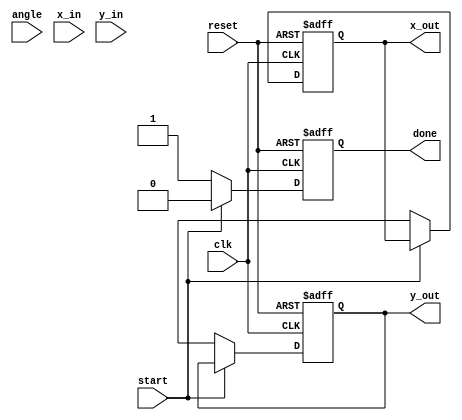
module pipeline_cordic #(
    parameter DATA_WIDTH = 16, // Bit width for X, Y, and angle
    parameter ITERATIONS = 16   // Number of iterations for CORDIC
)(
    input wire clk,
    input wire reset,
    input wire start,               // Signal to start the computation
    input wire [DATA_WIDTH-1:0] angle, // Input angle in fixed-point format
    input wire [DATA_WIDTH-1:0] x_in,   // Input X value
    input wire [DATA_WIDTH-1:0] y_in,   // Input Y value
    output reg [DATA_WIDTH-1:0] x_out,  // Output X value
    output reg [DATA_WIDTH-1:0] y_out,  // Output Y value
    output reg done                 // Signal to indicate completion
);

    // CORDIC parameters
    reg [DATA_WIDTH-1:0] x_reg [0:ITERATIONS-1]; // Pipeline registers for X
    reg [DATA_WIDTH-1:0] y_reg [0:ITERATIONS-1]; // Pipeline registers for Y
    reg [DATA_WIDTH-1:0] z_reg [0:ITERATIONS-1]; // Pipeline registers for angle
    reg [DATA_WIDTH-1:0] angle_lut [0:ITERATIONS-1]; // Angle LUT (precomputed)
    reg [ITERATIONS-1:0] direction; // Rotation direction
    integer i;

    // Initialize angle look-up table (LUT)
    initial begin
        angle_lut[0] = 16'h2000; // atan(2^0)
        angle_lut[1] = 16'h1000; // atan(2^-1)
        angle_lut[2] = 16'h0800; // atan(2^-2)
        // ... Initialize remaining LUT values
        angle_lut[ITERATIONS-1] = 16'h0001; // atan(2^-15)
    end

    // Pipeline processing
    always @(posedge clk or posedge reset) begin
        if (reset) begin
            // Reset outputs and internal states
            x_out <= 0;
            y_out <= 0;
            done <= 0;
            for (i = 0; i < ITERATIONS; i = i + 1) begin
                x_reg[i] <= 0;
                y_reg[i] <= 0;
                z_reg[i] <= 0;
            end
        end else if (start) begin
            // Load initial values into the first stage
            x_reg[0] <= x_in;
            y_reg[0] <= y_in;
            z_reg[0] <= angle;
            direction <= 0; // Set initial direction (0 for clockwise, 1 for counterclockwise)
            done <= 0;
        end else begin
            // Pipeline processing
            for (i = 0; i < ITERATIONS; i = i + 1) begin
                if (i == 0) begin
                    // First stage
                    if (z_reg[i][DATA_WIDTH-1]) begin
                        x_reg[i+1] <= x_reg[i] + (y_reg[i] >>> i);
                        y_reg[i+1] <= y_reg[i] - (x_reg[i] >>> i);
                        z_reg[i+1] <= z_reg[i] + angle_lut[i];
                        direction[i] <= 1; // Counterclockwise
                    end else begin
                        x_reg[i+1] <= x_reg[i] - (y_reg[i] >>> i);
                        y_reg[i+1] <= y_reg[i] + (x_reg[i] >>> i);
                        z_reg[i+1] <= z_reg[i] - angle_lut[i];
                        direction[i] <= 0; // Clockwise
                    end
                end else if (i < ITERATIONS - 1) begin
                    // Intermediate stages
                    x_reg[i+1] <= x_reg[i] + ((direction[i-1] ? y_reg[i-1] : -y_reg[i-1]) >>> i);
                    y_reg[i+1] <= y_reg[i] + ((direction[i-1] ? -x_reg[i-1] : x_reg[i-1]) >>> i);
                    z_reg[i+1] <= z_reg[i] + (direction[i-1] ? angle_lut[i] : -angle_lut[i]);
                end
            end

            // Final output assignment
            if (i == ITERATIONS) begin
                x_out <= x_reg[ITERATIONS];
                y_out <= y_reg[ITERATIONS];
                done <= 1; // Indicate completion
            end
        end
    end
endmodule